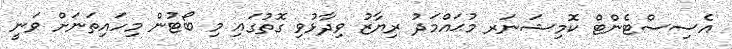
އެސިސްޓެންޓް ކޮމިޝަނަރ މުޙައްމަދު ރިޔާޒު ވިދާޅުވި ގޮތުގައި މި ބޯޓުން މިހައިތަނަށް ވަނީ